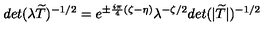
d e t ( \lambda \widetilde { T } ) ^ { - 1 / 2 } = e ^ { \pm \frac { i \pi } { 4 } ( \zeta - \eta ) } \lambda ^ { - \zeta / 2 } d e t ( | \widetilde { T } | ) ^ { - 1 / 2 }